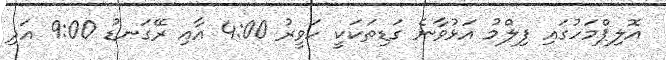
އޮލިޕްމަހުގައި ފިލްމު އަޅުވާނެ ގަޑިތަކަކީ ހަވީރު 4:00 އާއި ރޭގަނޑު 9:00 އަދި